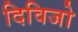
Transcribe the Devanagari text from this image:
दिविजो